Note on the mental hospitals in Burma - 1925-1940
Year: 1925
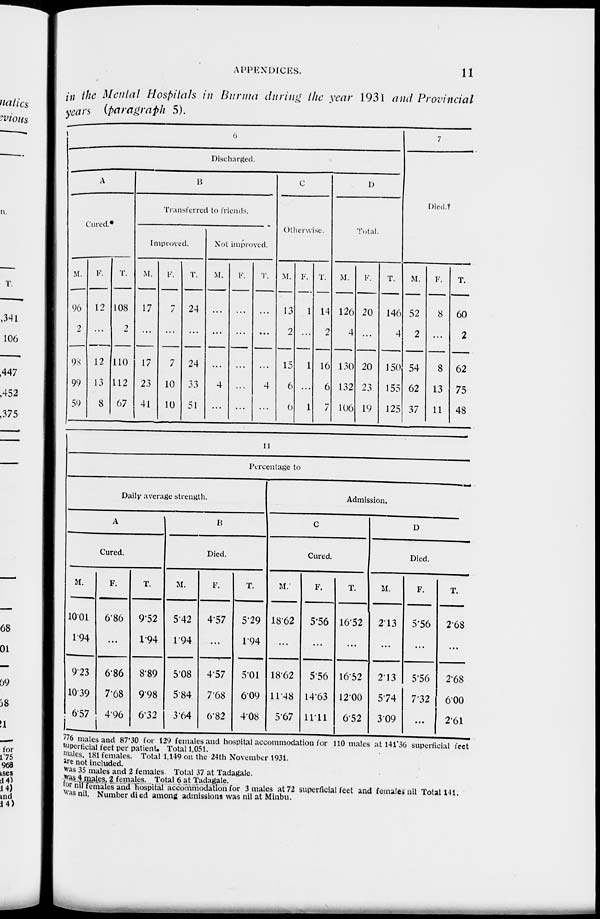
APPENDICES.
11
in the Mental Hospitals in Burma during the year 1931 and Provincial
years (paragraph 5).
6
Discharged.
A
Cured.*
M.
96
2
98
99
59
F.
12
...
12
13
8
T.
108
2
110
112
67
B
Transferred to friends.
Improved.
M.
17
...
17
23
41
F.
7
...
7
10
10
T.
24
...
24
33
51
Not improved.
M.
...
...
...
4
...
F.
...
...
...
...
...
T.
...
...
...
4
...
C
Otherwise.
M.
13
2
15
6
6
F.
1
...
1
...
1
T.
14
2
16
6
7
D
Total.
M.
126
4
130
132
106
F.
20
...
20
23
19
T.
146
4
150
155
125
7
Died.†
M.
52
2
54
62
37
F.
8
...
8
13
11
T.
60
2
62
75
48
11
Percentage to
Daily average strength.
A
Cured.
M.
10.01
1.94
9.23
10.39
6.57
F.
6.86
...
6.86
7.68
4.96
T.
9.52
1.94
8.89
9.98
6.32
B
Died.
M.
5.42
1.94
5.08
5.84
3.64
F.
4.57
...
4.57
7.68
6.82
T.
5.29
1.94
5.01
6.09
4.08
Admission.
C
Cured.
M.
18.62
...
18.62
11.48
5.67
F.
5.56
...
5.56
14.63
11.11
T.
16.52
...
16.52
12 00
6.52
D
Died.
M.
2.13
...
2.13
5.74
3.09
F.
5.56
...
5.56
7.32
...
T.
2.68
...
2.68
6.00
2.61
776 males and 87.30 for 129 females and hospital accommodation for 110 males at 141.36 superficial feet
superficial feet per patient. Total 1,051.
males. 181 females. Total 1,149 on the 24th November 1931.
are not included.
was 35 males and 2 females. Total 37 at Tadagale.
was 4 males, 2 females. Total 6 at Tadagale.
for nil females and hospital accommodation for 3 males at 72 superficial feet and females nil Total 141.
was nil. Number died among admissions was nil at Minbu.